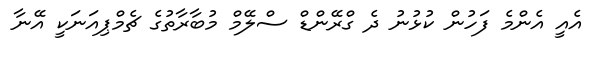
އެއީ އެންމެ ފަހުން ކުޅުނު ދެ ގްރޭންޑް ސްލޭމް މުބާރާތުގެ ޗެމްޕިއަނަކީ އޭނާ